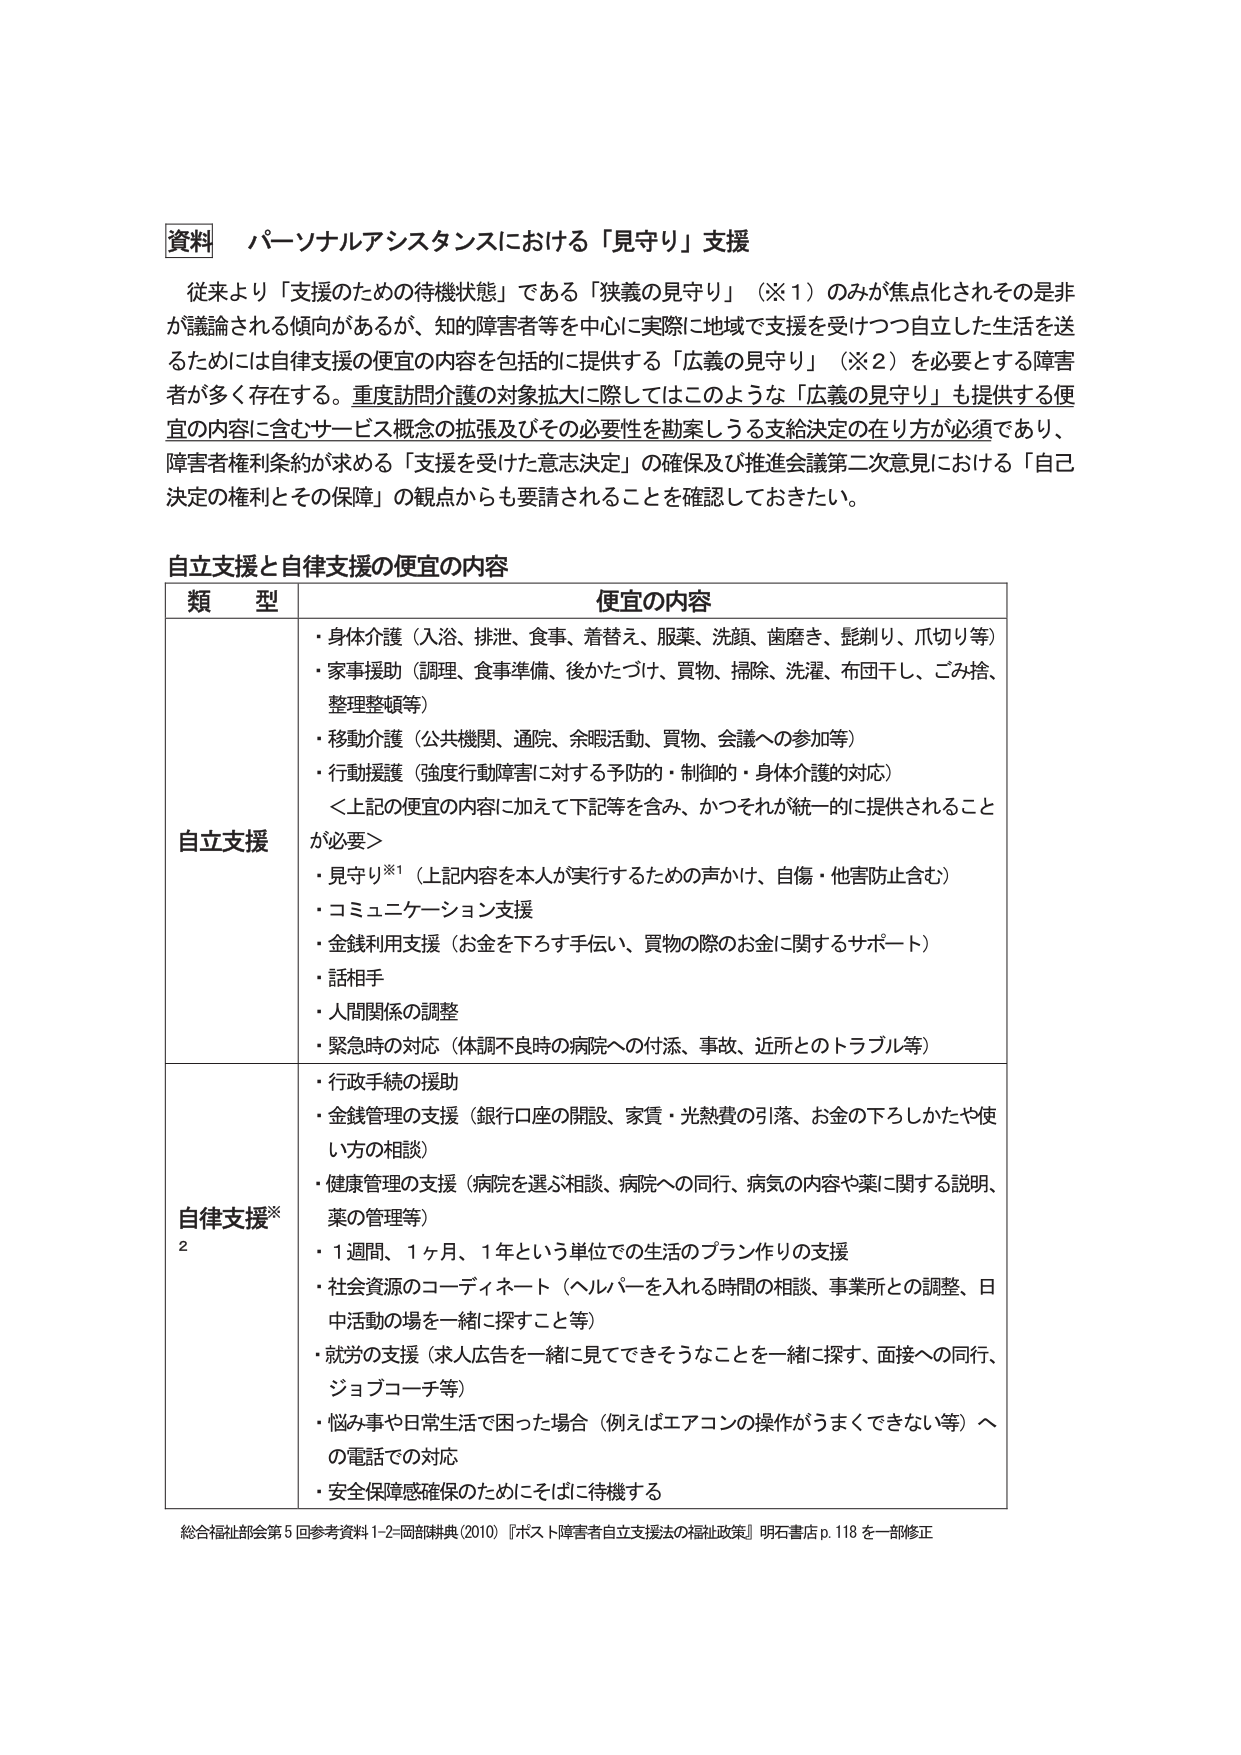
資料 パーソナルアシスタンスにおける「見守り」支援

従来より「支援のための待機状態」である「狭義の見守り」（※1）のみが焦点化されその是非が議論される傾向があるが、知的障害者等を中心に実際に地域で支援を受けつつ自立した生活を送るためには自律支援の便宜の内容を包括的に提供する「広義の見守り」（※2）を必要とする障害者が多く存在する。重度訪問介護の対象拡大に際してはこのような「広義の見守り」も提供する便宜の内容に含むサービス概念の拡張及びその必要性を勘案しうる支給決定の在り方が必須であり、障害者権利条約が求める「支援を受けた意志決定」の確保及び推進会議第二次意見における「自己決定の権利とその保障」の観点からも要請されることを確認しておきたい。

自立支援と自律支援の便宜の内容

| 類型 | 便宜の内容 |
|------|------------|
| 自立支援 | ・身体介護（入浴、排泄、食事、着替え、服薬、洗顔、歯磨き、髭剃り、爪切り等）<br>・家事援助（調理、食事準備、後かたづけ、買物、掃除、洗濯、布団干し、ごみ捨、整理整頓等）<br>・移動介護（公共機関、通院、余暇活動、買物、会議への参加等）<br>・行動援護（強度行動障害に対する予防的・制御的・身体介護的対応）<br>＜上記の便宜の内容に加えて下記等を含み、かつそれが統一的に提供されることが必要＞<br>・見守り※1（上記内容を本人が実行するための声かけ、自傷・他害防止含む）<br>・コミュニケーション支援<br>・金銭利用支援（お金を下ろす手伝い、買物の際のお金に関するサポート）<br>・話相手<br>・人間関係の調整<br>・緊急時の対応（体調不良時の病院への付添、事故、近所とのトラブル等） |
| 自律支援※2 | ・行政手続の援助<br>・金銭管理の支援（銀行口座の開設、家賃・光熱費の引落、お金の下ろしかたや使い方の相談）<br>・健康管理の支援（病院を選ぶ相談、病院への同行、病気の内容や薬に関する説明、薬の管理等）<br>・1週間、1ヶ月、1年という単位での生活のプラン作りの支援<br>・社会資源のコーディネート（ヘルパーを入れる時間の相談、事業所との調整、日中活動の場を一緒に探すこと等）<br>・就労の支援（求人広告を一緒に見てできそうなことを一緒に探す、面接への同行、ジョブコーチ等）<br>・悩み事や日常生活で困った場合（例えばエアコンの操作がうまくできない等）への電話での対応<br>・安全保障感確保のためにそばに待機する |

総合福祉部会第5回参考資料1-2-同部誌典（2010）『ポスト障害者自立支援法の福祉政策』明石書店p.118を一部修正